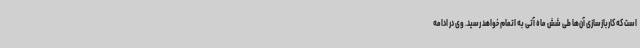
است که کاربازسازی آن‌ها طی شش ماه آتی به اتمام خواهد رسید. وی در ادامه